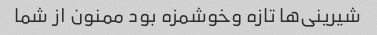
شیرینی‌ها تازه وخوشمزه بود ممنون از شما